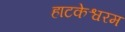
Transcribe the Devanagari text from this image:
हाटकेश्वरम